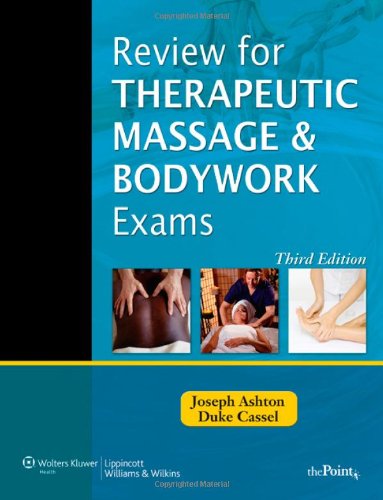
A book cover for Review for Therapeutic Massage and Bodywork Exams (LWW Massage Therapy and Bodywork Educational Series); Joseph Ashton MS  PT; Health, Fitness & Dieting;